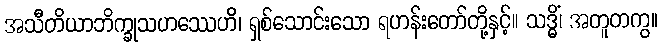
အသီတိယာဘိက္ခုသဟဿေဟိ၊ ရှစ်သောင်းသော ရဟန်းတော်တို့နှင့်။ သဒ္ဓိံ၊ အတူတကွ။